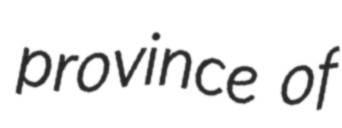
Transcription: province of